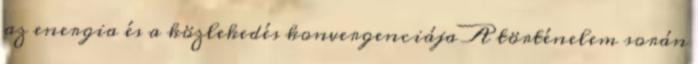
az energia és a közlekedés konvergenciája A történelem során